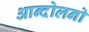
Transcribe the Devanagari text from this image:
आन्दोलनो